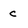
Character: c